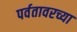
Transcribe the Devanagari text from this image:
पर्वतावरच्या